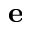
\mathbf { e }